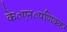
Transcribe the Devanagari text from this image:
के०एन०पणिक्कर